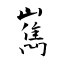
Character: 嶲